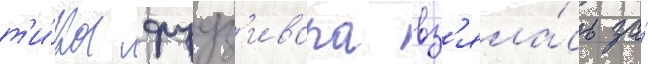
т'и́ка фудз'ивара вз'яла́сь за́